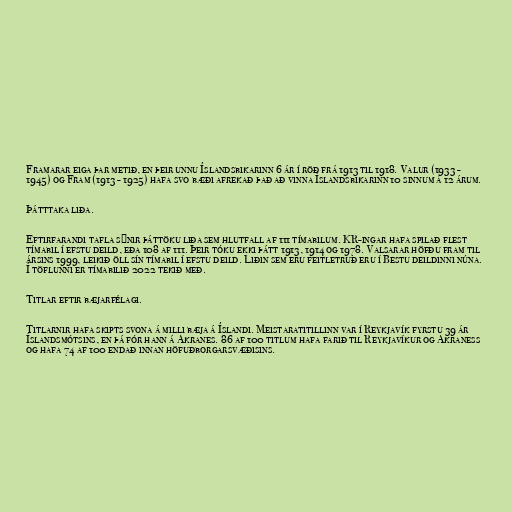
Framarar eiga þar metið, en þeir unnu Íslandsbikarinn 6 ár í röð frá 1913 til 1918. Valur (1933 -
1945) og Fram (1913 - 1925) hafa svo bæði afrekað það að vinna Íslandsbikarinn 10 sinnum á 12 árum.

Þátttaka liða.

Eftirfarandi tafla sýnir þáttöku liða sem hlutfall af 111 tímabilum. KR-ingar hafa spilað flest
tímabil í efstu deild, eða 108 af 111. Þeir tóku ekki þátt 1913, 1914 og 1978. Valsarar höfðu fram til
ársins 1999, leikið öll sín tímabil í efstu deild. Liðin sem eru feitletruð eru í Bestu deildinni núna.
Í töflunni er tímabilið 2022 tekið með.

Titlar eftir bæjarfélagi.

Titlarnir hafa skipts svona á milli bæja á Íslandi. Meistaratitillinn var í Reykjavík fyrstu 39 ár
Íslandsmótsins, en þá fór hann á Akranes. 86 af 100 titlum hafa farið til Reykjavíkur og Akraness
og hafa 74 af 100 endað innan höfuðborgarsvæðisins.